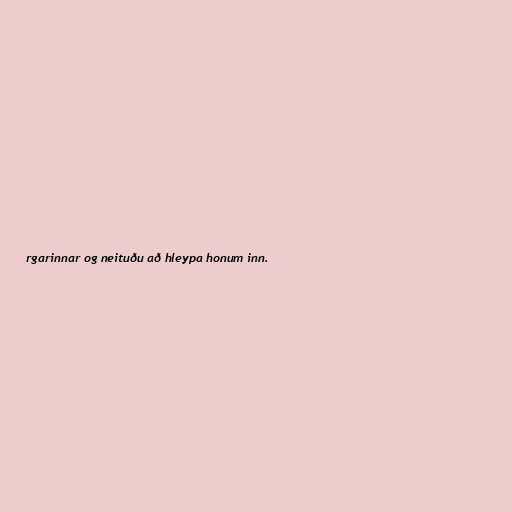
rgarinnar og neituðu að hleypa honum inn.